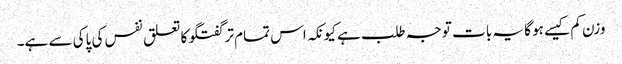
وزن کم کیسے ہو گا یہ بات توجہ طلب ہے کیونکہ اس تمام تر گفتگو کا تعلق نفس کی پاکی سے ہے۔